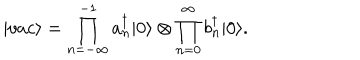
| v a c \rangle = \prod _ { n = - \infty } ^ { - 1 } a _ { n } ^ { \dagger } | 0 \rangle \otimes \prod _ { n = 0 } ^ { \infty } b _ { n } ^ { \dagger } | 0 \rangle .